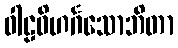
ဝါဠဝိဟင်္ဂသောဘိတာ